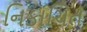
નિકાચિત